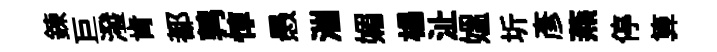
鍊巨潑肯都鹑惇愚湍媚楊沚媪圻彥燕停算